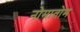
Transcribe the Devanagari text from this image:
नोमातोम